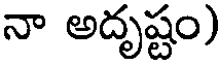
నా అదృష్టం)